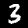
Label: 3